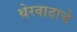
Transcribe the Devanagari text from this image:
थेरवादाचे